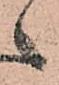
々